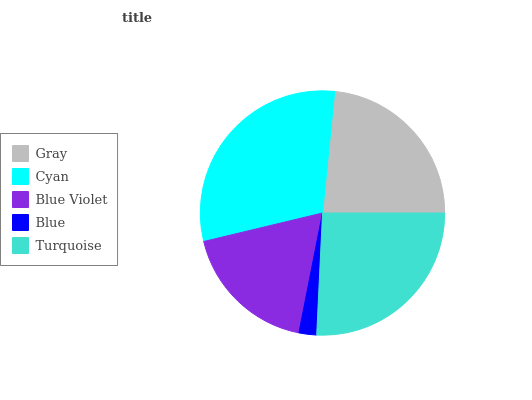
| Gray | Cyan | Blue Violet | Blue | Turquoise |
 | --- | --- | --- | --- | --- |
 | 23.4% | 30.4% | 18.1% | 2.34% | 25.8% |